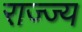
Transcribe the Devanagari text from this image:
राज्ज्य